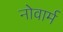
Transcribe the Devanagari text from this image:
नोवार्म